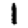
Digit: 1